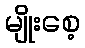
မျိုးစေ့